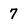
Character: 7